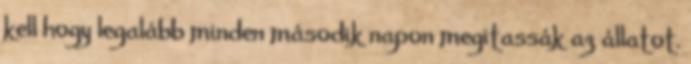
kell hogy legalább minden második napon megitassák az állatot.